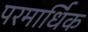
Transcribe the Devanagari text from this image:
परमार्धिक